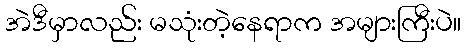
အဲဒီမှာလည်း မသုံးတဲ့နေရာက အများကြီးပဲ။